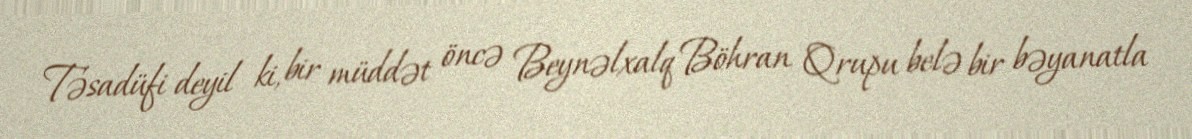
Təsadüfi deyil ki, bir müddət öncə Beynəlxalq Böhran Qrupu belə bir bəyanatla